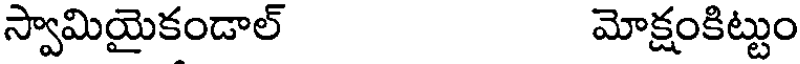
స్వామియైకండాల్ మోక్షంకిట్టుం